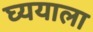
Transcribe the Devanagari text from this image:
घ्ययाला